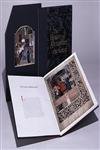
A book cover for The History of Alexander the Great (Monographs on Illuminated Manuscripts); Scot McKendrick; Arts & Photography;